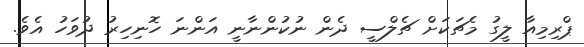
ޕްރިމިއާ ލީގު މެޗަކަށް ޗެލްސީ ދެން ނުކުންނާނީ އަންނަ ހޮނިހިރު ދުވަހު އެވެ.